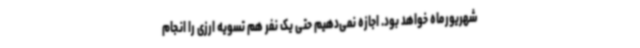
شهریورماه خواهد بود. اجازه نمی‌دهیم حتی یک نفر هم تسویه ارزی را انجام